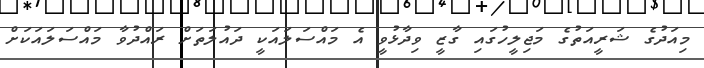
މިއަދުގެ ޝަރީއަތުގެ މަޖިލީހުގައި ގާޒީ ވިދާޅުވީ އެ މައްސަލައަކީ ދައުލަތަށް ރައްދުވާ މައްސަލައަކަށް